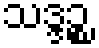
သဒ္ဒဉ္စ